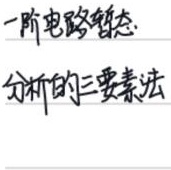
一阶电路暂态
分析的三要素法